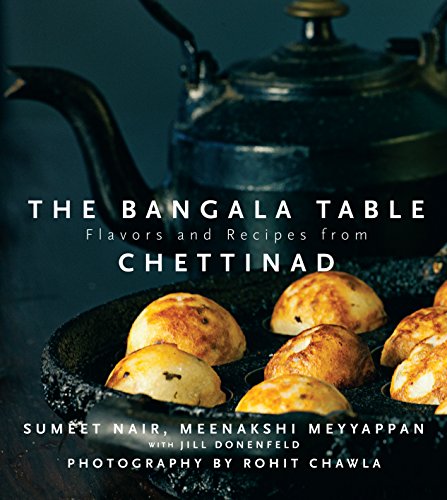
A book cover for The Bangala Table - Flavors and Recipes from Chettinad; Sumeet Nair; Cookbooks, Food & Wine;